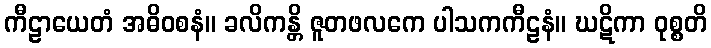
ကီဠာယေတံ အဓိဝစနံ။ ခလိကန္တိ ဇူတဖလကေ ပါသကကီဠနံ။ ဃဋိကာ ဝုစ္စတိ